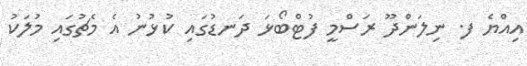
އިއްޔެ ފ. ނިލަންދޫ ރަސްމީ ފުޓްބޯޅަ ދަނޑުގައި ކުޅުނު އެ މެޗުގައި މުލަކު